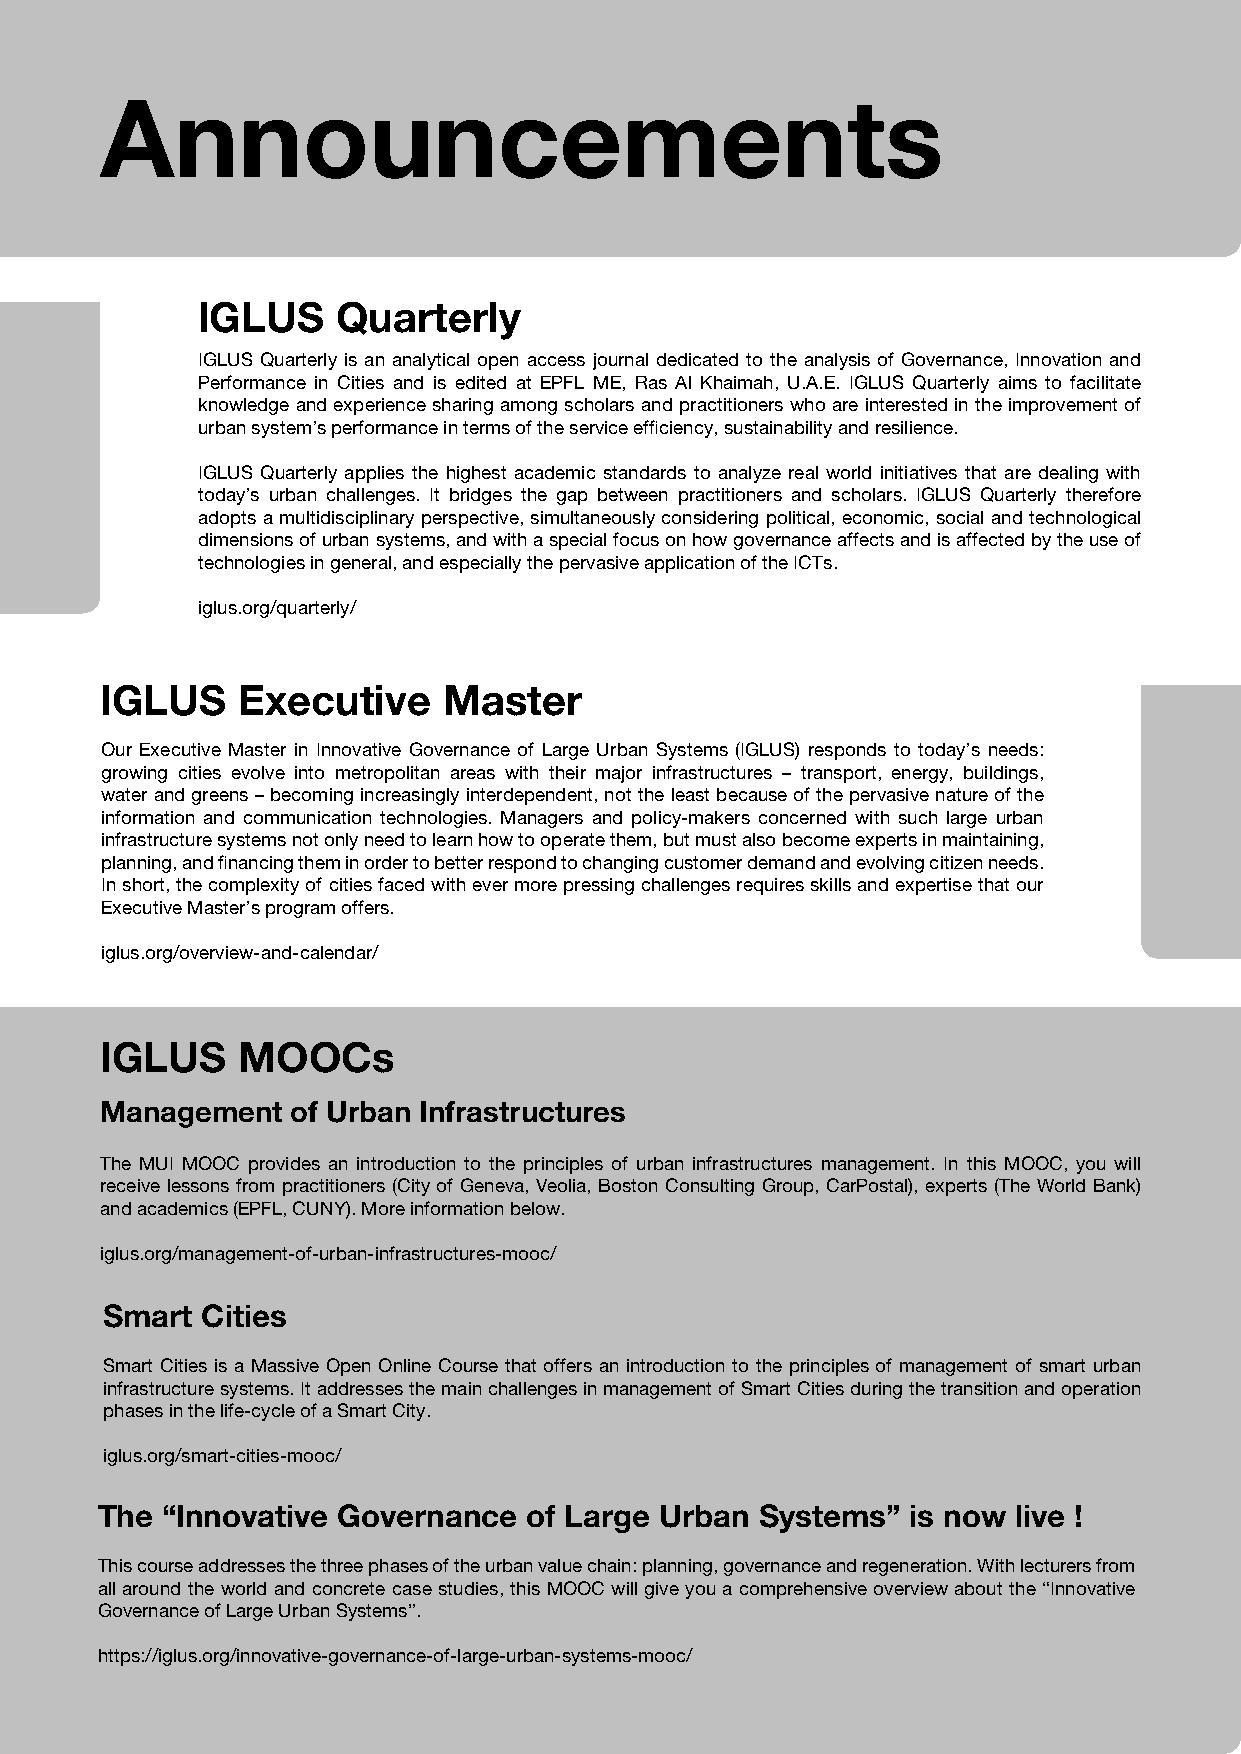
Announcements
 IGLUS    Quarterly
 IGLUS Quarterly is an analytical open access journal dedicated to the analysis of Governance, Innovation and
 Performance in Cities and is edited at EPFL ME, Ras Al Khaimah, U.A.E. IGLUS Quarterly aims to facilitate
 knowledge and experience sharing among scholars and practitioners who are interested in the improvement of
 urban system’s performance in terms of the service efficiency, sustainability and resilience.
 IGLUS Quarterly applies the highest academic standards to analyze real world initiatives that are dealing with
 today’s urban challenges. It bridges the gap between practitioners and scholars. IGLUS Quarterly therefore
 adopts a multidisciplinary perspective, simultaneously considering political, economic, social and technological
 dimensions of urban systems, and with a special focus on how governance affects and is affected by the use of
 technologies in general, and especially the pervasive application of the ICTs.
 iglus.org/quarterly/
 IGLUS    Executive    Master
 Our Executive Master in Innovative Governance of Large Urban Systems (IGLUS) responds to today’s needs:
 growing cities evolve into metropolitan areas with their major infrastructures – transport, energy, buildings,
 water and greens – becoming increasingly interdependent, not the least because of the pervasive nature of the
 information and communication technologies. Managers and policy-makers concerned with such large urban
 infrastructure systems not only need to learn how to operate them, but must also become experts in maintaining,
 planning, and financing them in order to better respond to changing customer demand and evolving citizen needs.
 In short, the complexity of cities faced with ever more pressing challenges requires skills and expertise that our
 Executive Master’s program offers.
 iglus.org/overview-and-calendar/
 IGLUS    MOOCs
 Management  of Urban Infrastructures
 The MUI MOOC provides an introduction to the principles of urban infrastructures management. In this MOOC, you will
 receive lessons from practitioners (City of Geneva, Veolia, Boston Consulting Group, CarPostal), experts (The World Bank)
 and academics (EPFL, CUNY). More information below.
 iglus.org/management-of-urban-infrastructures-mooc/
 Smart Cities
 Smart Cities is a Massive Open Online Course that offers an introduction to the principles of management of smart urban
 infrastructure systems. It addresses the main challenges in management of Smart Cities during the transition and operation
 phases in the life-cycle of a Smart City.
 iglus.org/smart-cities-mooc/
 The  “Innovative Governance  of Large Urban Systems”  is now live !
 This course addresses the three phases of the urban value chain: planning, governance and regeneration. With lecturers from
 all around the world and concrete case studies, this MOOC will give you a comprehensive overview about the “Innovative
 Governance of Large Urban Systems”.
 https://iglus.org/innovative-governance-of-large-urban-systems-mooc/